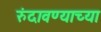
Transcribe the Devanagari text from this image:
रुंदावण्याच्या